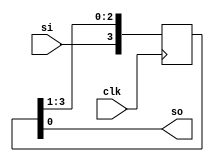
`timescale 1ns / 1ps
//////////////////////////////////////////////////////////////////////////////////
// Company: 
// Engineer: 
// 
// Design Name: 
// Module Name:    SISOb 
// Project Name: 
// Target Devices: 
// Tool versions: 
// Description: 
//
// Dependencies: 
//
// Revision: 
// Revision 0.01 - File Created
// Additional Comments: 
//
//////////////////////////////////////////////////////////////////////////////////
module SISOb(clk,si,so
    );
input clk;
input si;
output so;
reg [3:0] q;
always@(posedge clk)
begin

    q[3]<=si;
	 q[2]<=q[3];
	 q[1]<=q[2];
	 q[0]<=q[1];

end
    assign so=q[0];

endmodule